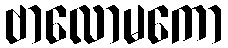
ဗာလောမကော